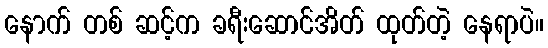
နောက် တစ် ဆင့်က ခရီးဆောင်အိတ် ထုတ်တဲ့ နေရာပဲ။